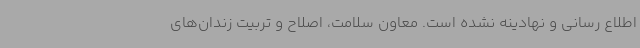
اطلاع رسانی و نهادینه نشده است. معاون سلامت، اصلاح و تربیت زندان‌های